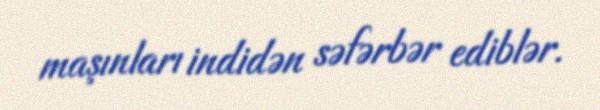
maşınları indidən səfərbər ediblər.